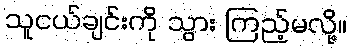
သူငယ်ချင်းကို သွား ကြည့်မလို့။